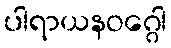
ပါရာယနဝဂ္ဂေါ